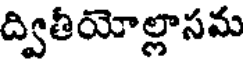
ద్వితీయోల్లాసమ